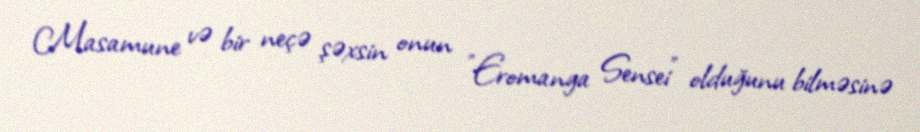
Masamune və bir neçə şəxsin onun "Eromanga Sensei" olduğunu bilməsinə